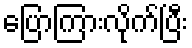
ပြောကြားလိုက်ပြီး